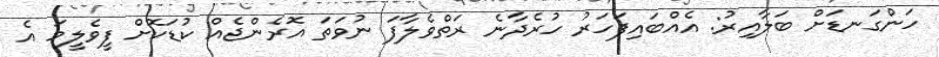
ހަންގަނޑަށް ބަލާއިރު: އެއްބައިފަހަރު ހުރެދާނެ ރަތްވެލާފަ ނުވަތަ އޮރެންޖެއް ކުޑަކޮށް ފީވެލީމަ އެ